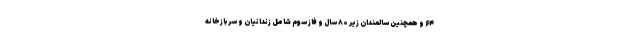
۶۴ و همچنین سالمندان زیر ۸۰ سال و فاز سوم شامل زندانیان و سربازخانه